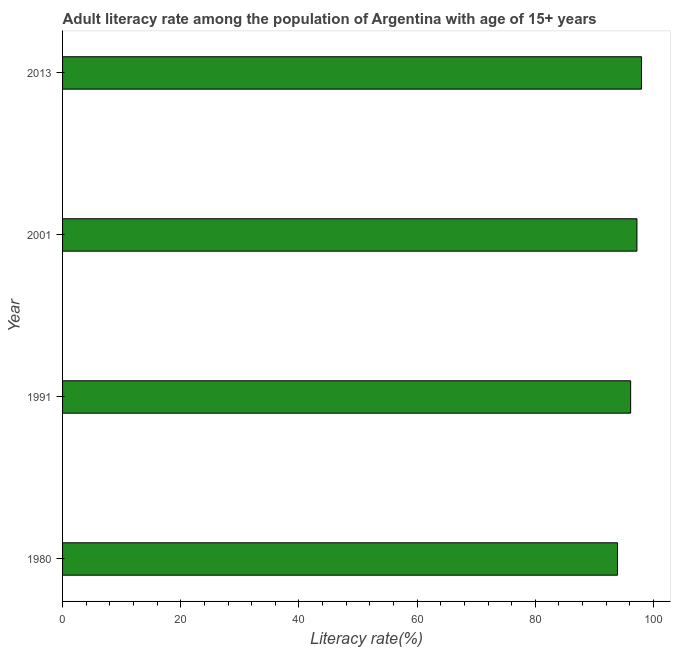
| Year | Adult literacy rate |
 | --- | --- |
 | 1980 | 93.9 |
 | 1991 | 96.1 |
 | 2001 | 97.2 |
 | 2013 | 98 |